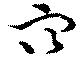
穴